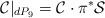
LaTeX: \begin{align*}{\cal C}|_{dP_9} = {\cal C}\cdot \pi^{*}{\cal S}\end{align*}